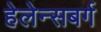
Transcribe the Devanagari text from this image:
हेलेन्सबर्ग